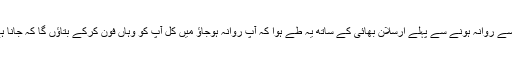
اپنے گھر سے روانہ ہونے سے پہلے ارسلان بھائی کے ساتھ یہ طے ہوا کہ آپ روانہ ہوجاؤ میں کل آپ کو وہاں فون کرکے بتاؤں گا کہ جانا ہے یا نہیں؟